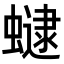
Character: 𧑔